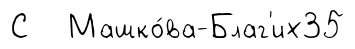
С Машко́ва-Благ'их35